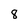
Character: 8